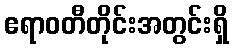
ဧရာဝတီတိုင်းအတွင်းရှိ